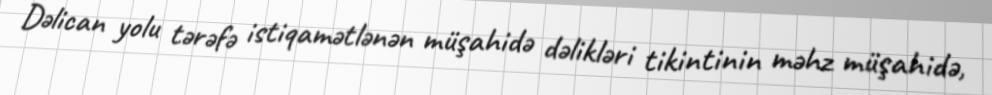
Dəlican yolu tərəfə istiqamətlənən müşahidə dəlikləri tikintinin məhz müşahidə,